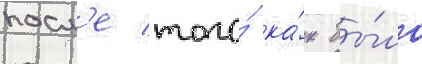
посл'е того́ ка́к бы́ло